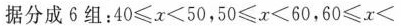
据分成6组：$$40 \leq x < 50$$，$$50 \leq x < 60$$，$$60 \leq x<$$